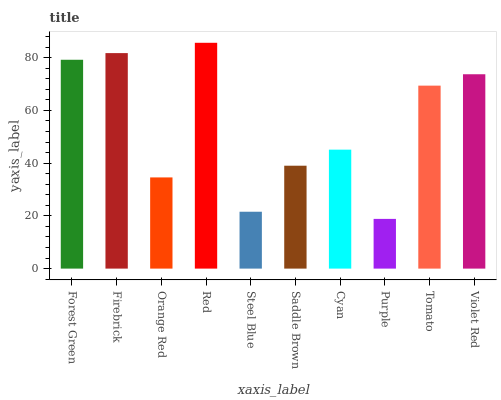
| xaxis_label | bars |
 | --- | --- |
 | Forest Green | 79.2 |
 | Firebrick | 81.7 |
 | Orange Red | 34.6 |
 | Red | 85.6 |
 | Steel Blue | 21.6 |
 | Saddle Brown | 39 |
 | Cyan | 45.1 |
 | Purple | 18.9 |
 | Tomato | 69.4 |
 | Violet Red | 73.7 |